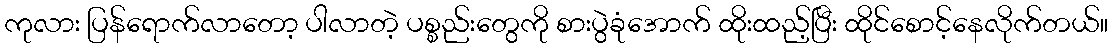
ကုလား ပြန်ရောက်လာတော့ ပါလာတဲ့ ပစ္စည်းတွေကို စားပွဲခုံအောက် ထိုးထည့်ပြီး ထိုင်စောင့်နေလိုက်တယ်။